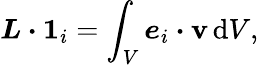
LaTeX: \boldsymbol{L}\boldsymbol{\cdot}\boldsymbol{1}_{i}=\int_{V}\boldsymbol{e}_{i}\boldsymbol{\cdot}\boldsymbol{\mathbf{v}}\, \mathrm{{d}}V,